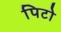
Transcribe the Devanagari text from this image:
पिटो